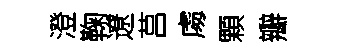
澄鞠遼莒䖏顆瓣